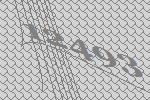
12493